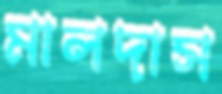
মালদাস